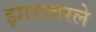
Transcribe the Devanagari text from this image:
झाडावरले